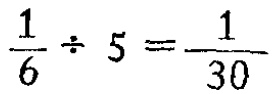
$\frac{1}{6} \div 5 =\frac{1}{30}$